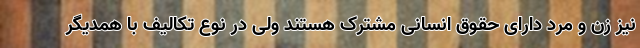
نیز زن و مرد دارای حقوق انسانی مشترک هستند ولی در نوع تکالیف با همدیگر